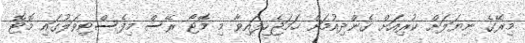
މިރޭގެ ނިޔަލަށް ކުރިއަށް ގެންދިއުމަށް ހަމަޖެހިފައިވާ މި މޮޓޯ ރޭސް މިފެސްޓިވަލުގައި މޮޓޮ